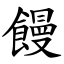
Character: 饅